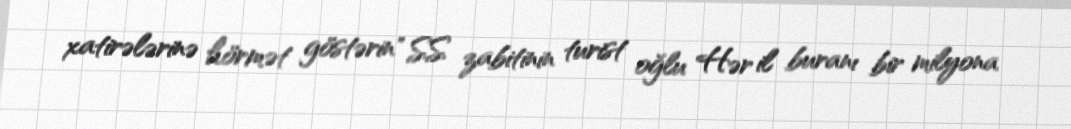
xatirələrinə hörmət göstərin" SS zabitinin turist oğlu Hər il buranı bir milyona